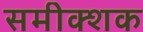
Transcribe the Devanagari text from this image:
समीक्शक